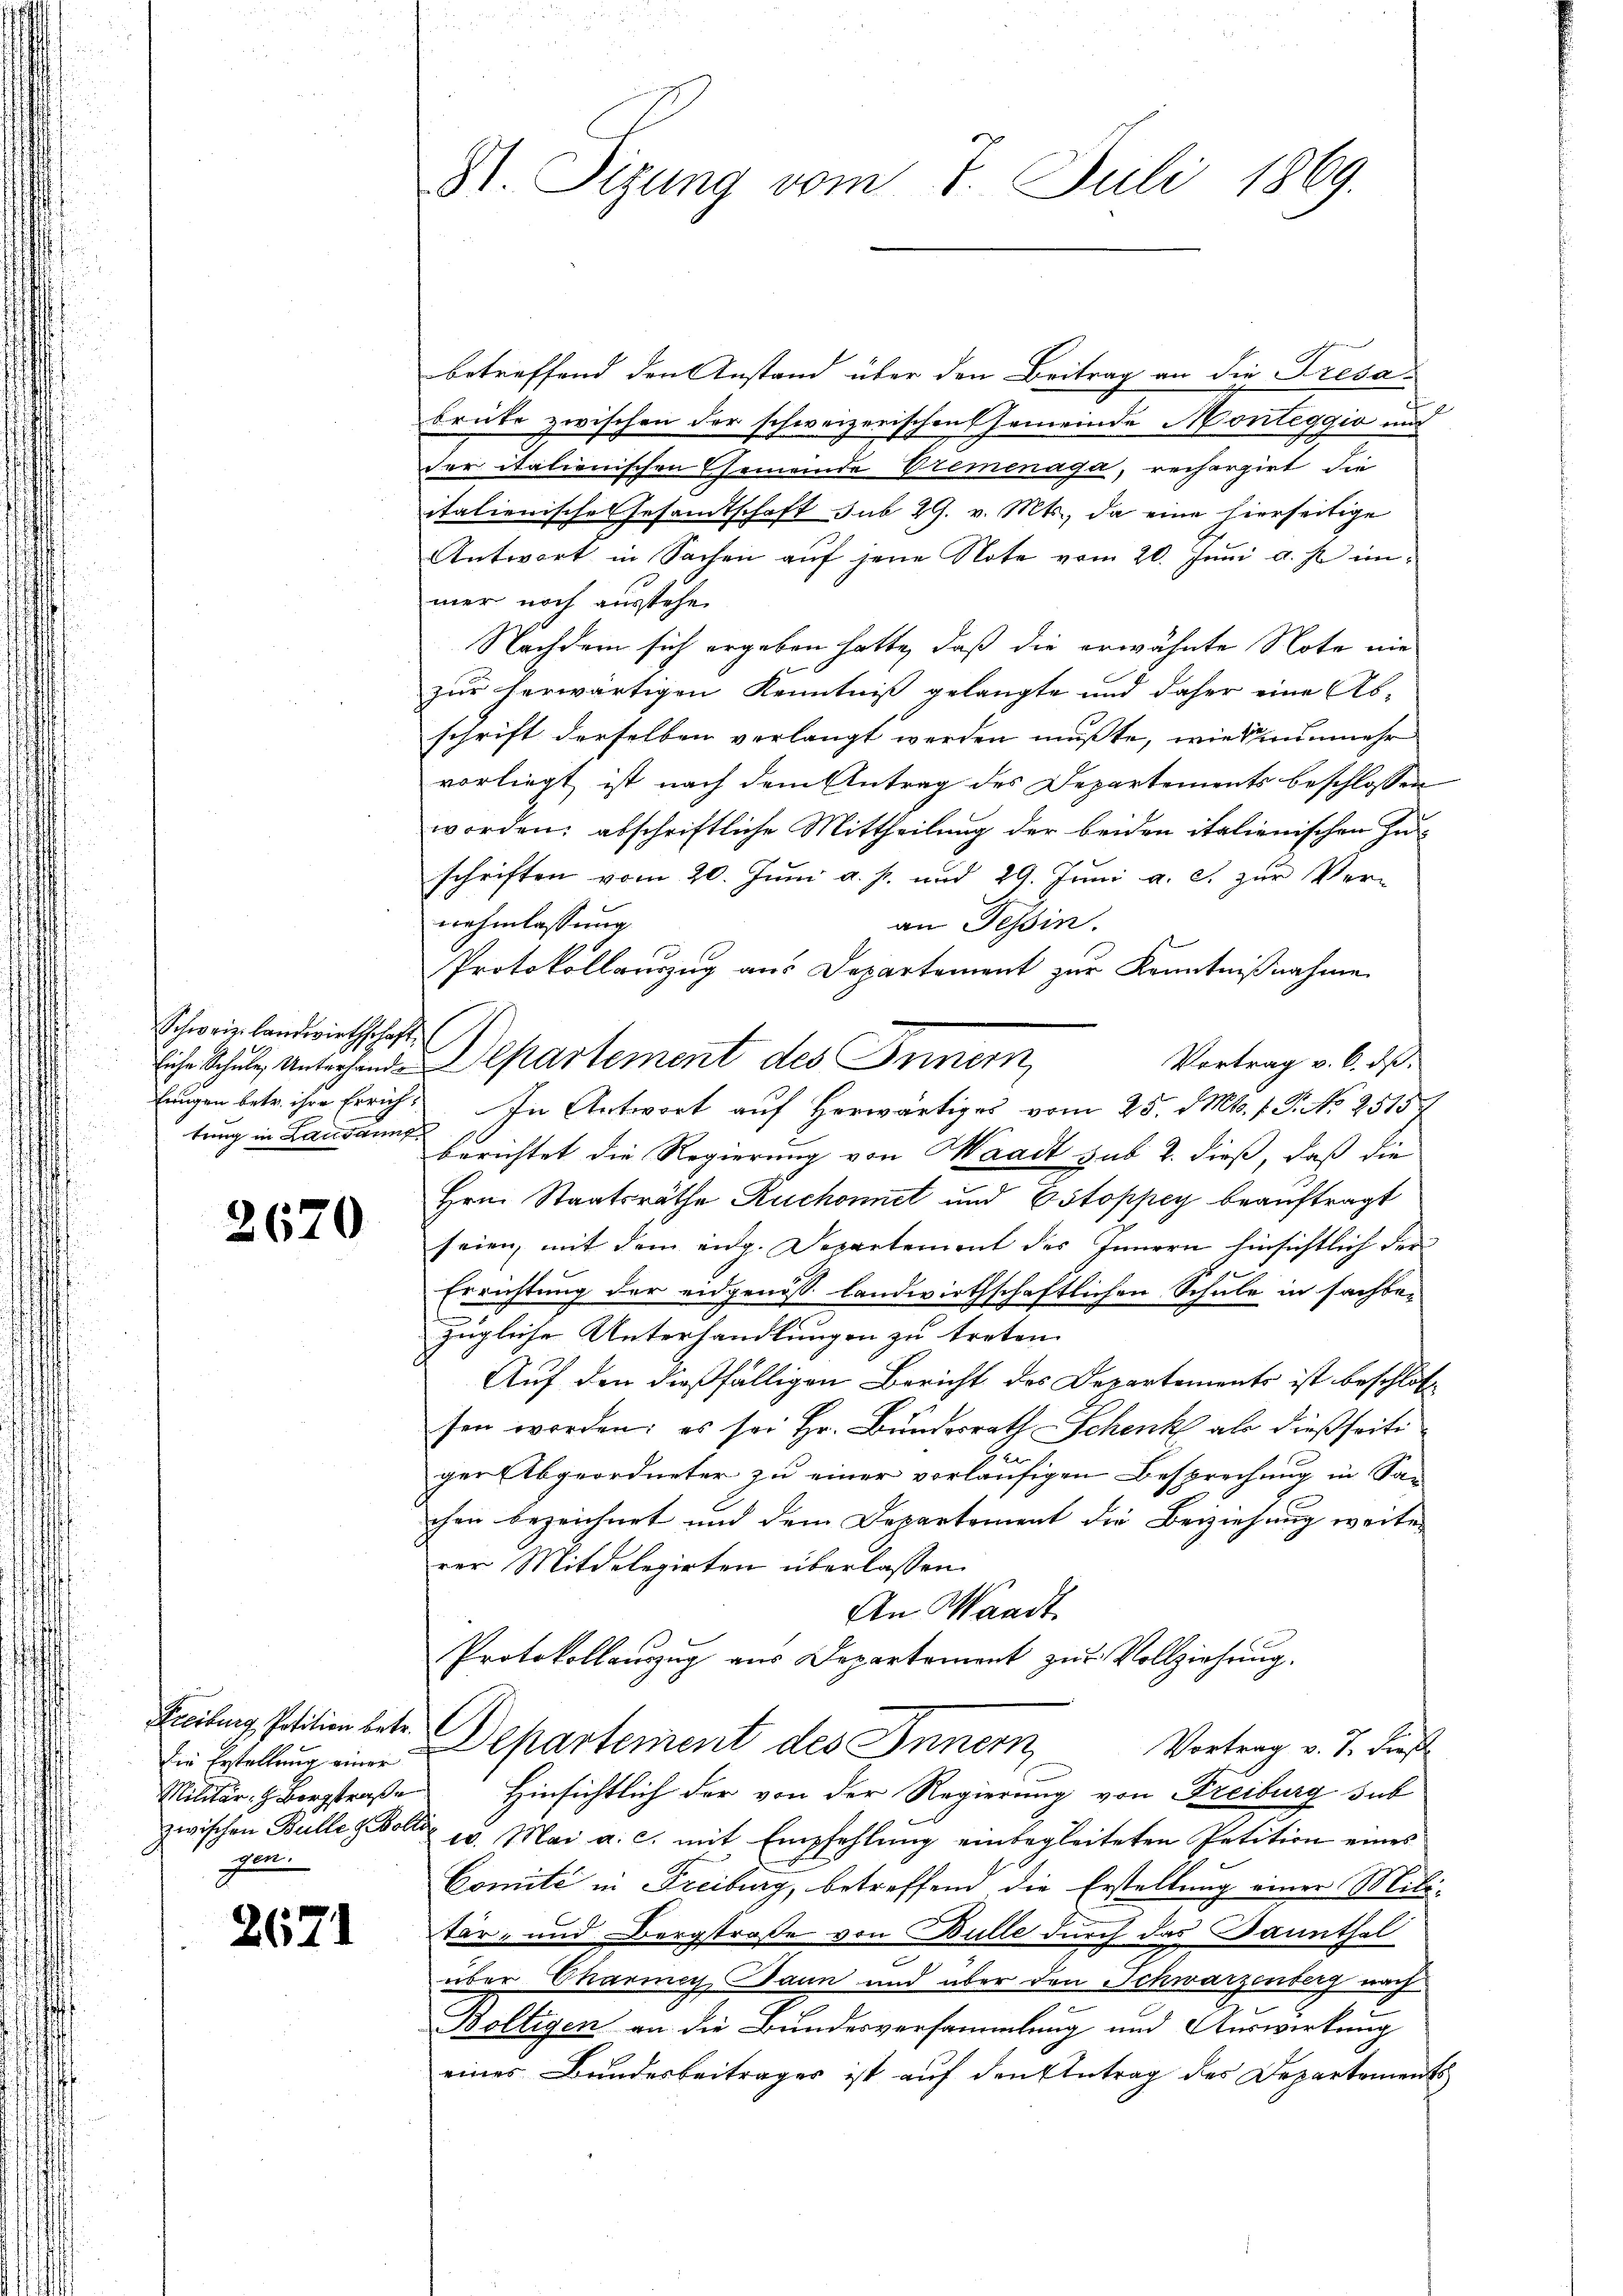
Schweiz. landwirthschaft,
tung in Lausanne

2670

Die Erstellung einer
Militär, z. Borgstraße
gen.

2671

betreffend den Anstand über den Beitrag an die Tresabrüte zwischen der schweizerischen Gemeinde Monteggia und
der italienischen Gemeinde Vremenaga, rechargirt, die
italienisches Gesandtschaft sub 29. v. Mts., da eine hierseitige
Antwort in Sachen auf jene Note vom 20. Juni d. J. immer noch ausstehe.
Nachdem sich ergeben hatte, daß die erwähnte Note nie
zur herwärtigen Kenntniß gelangte und daher eine Ab-
schrift derselben verlangt werden müßte, wie nunmehr
vorliegt ist nach dem Antrag des Departements beschlossen
worden: abschriftliche Mittheilung der beiden italienischen Zuschriften vom 20. Juni a. p. und 29. Juni a. c. zur Ver-
nehmlassung
an Tessin.
s
Protokollauszug aus Departement zur Kenntnißnahme
Vortrag v. 6. dß.
hungen betr. ihre Errich. In Antwort auf herwärtiges vom 25. MMts. 1. P. No 2515
berichtet die Regierung von Waadt sub 2. dieß, daß die
Hrn. Staatsräthe Ruchonnet und Estoppey beauftragt
seien, mit dem eidg. Departement des Innern hinsichtlich der
Errichtung der eidgenoss landwirthschaftlichen Schule in sachbezügliche Unterhandlungen zu treten.
Auf den dießfälligen Bericht des Departements ist beschlos
sen worden: es sei Hr. Bundesrath Schenk als dießseitige
ger Abgeordneter zu einer vorläufigen Besprechung in Sa-
chen bezeichnet und dem Departement die Beiziehung weiter
rer Mitdelegirten überlassen.
An Waadt
Protokollauszug aus Departement zur Vollziehung.
Freibung Petition betr. Departement des Innern
Vortrag v. J. dies
Hinsichtlich der von der Regierung von Freiburg sub
zwischen Bulle gebote 15. Mai a. c. mit Empfehlŭng einbegleiteten Petition eines
Comité in Freiburg, betreffend die Erstellung einer Militär- und Bergstraße von Bulle durch das Dannthal
über Chariney Jann und über den Schwarzenberg nach
Boltigen an die Bundesversammlung und Auswirkung
eines Bundesbeitrages ist auf den Antrag des Departement

St. Sizung vom 7. Juli 1869.

Eiche Schule Antagende Departement des Innern,